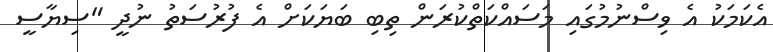
އެކަމަކު އެ ވިސްނުމުގައި މަސައްކަތްކުރަން ތިބި ބަޔަކަށް އެ ފުރުސަތު ނުދީ "ސިޔާސީ